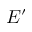
E ^ { \prime }